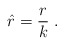
\begin{align*}\hat{r} = \frac{r}{k} \;.\end{align*}